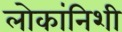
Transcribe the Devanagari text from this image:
लोकांनिशी